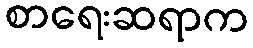
စာရေးဆရာက